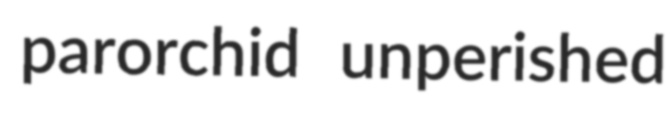
parorchid unperished